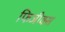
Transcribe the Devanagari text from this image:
फिजीक्स